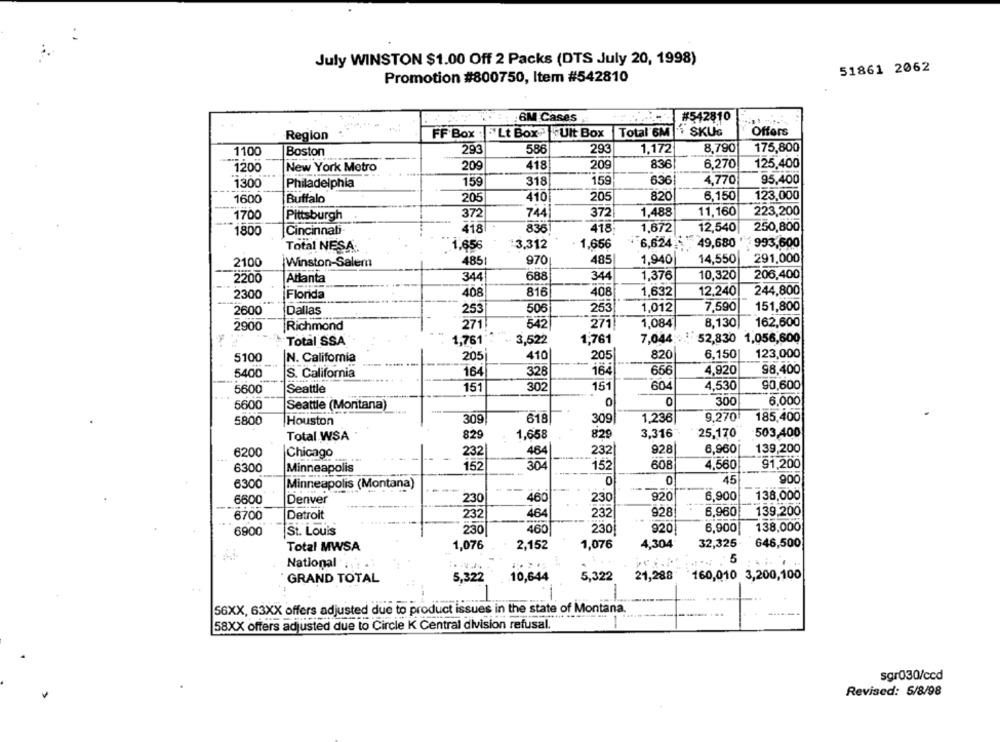
July WINSTON $1.00 Off 2 Packs (DTS July 20, 1998)
51861 2062
Promotion #800750, Item #542810
:6M Cases
#542810
"Lt Box-Ult Box
Total 6M SKUG
Offers
Region
FF Box :
1,172
8,790
175,800
1100
Boston
293
586
293
836
6.270
125,400
1200
New York Metro
209
418
209
1300
Philadelphia
159
318
159
636
4,770
95,400
1600
Buffalo
205
410
205
820
6,150
123,000
1700
372
744
372
1,488
11,160
223,200
Pittsburgh
418
836
418-
1,672
12,540
250,800
1800
Cincinnati
13,312
1,656
6,624
49,680
993,600
Total NESA.
1,656
970
485
1,940
14,550
291,000
2100
Winston-Salem
485
2200
Attanta
344
688
344
1,376
10,320
206,400
2300
Florida
408
816
408
1,632
12,240
244,800
2600
Dallas
253
506
253
1,012
7,590
151,800
2900
Richmond
2711
542
271
1,084
8,130
162,600
Total SSA
1,761
3,522
1,761
7,044
52,830 1,056,600
5100
205
410
205
820
6.150
123,000
N. California
328
164
656
4,920
98,400
5400
S. California
164
151
4,530
90,600
5600
Seattle
151
302
604
300
6,000
5600
Seattle (Montana)
0
5800
Houston
309
618
309|
1,236
9,2701
185,400
Total WSA
82
1,658
829
3,316
25,170
503,400
6200
232
464
232|
928
6,960
139,200
Chicago
6300
Minneapolis
152
30
152
608
4,560
91,200
0
0
45
900
6300
Minneapolis (Montana)
920
6,900
138,000
6600
Denver
230
460
230
232
928
6.960
139,200
6700
Detroit
232
464
138,000
6900
St. Louis
230
460
230
920
6,900
Total MWSA
1,076
2,152
1,076
4,304
32,325
646,500
National
5
5,322
10,644
5,322
21,288
160,010 3,200,100
GRAND TOTAL
56XX, 63XX offers adjusted due to product issues in the state of Montana.
58XX offers adjusted due to Circle K Central division refusal.
sgr030/ccd
Revised: 5/8/98